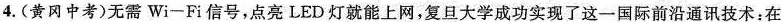
4.（黄冈中考）无需Wi-Fi信号，点亮LED灯就能上网，复旦大学成功实现了这一国际前沿通讯技术：在